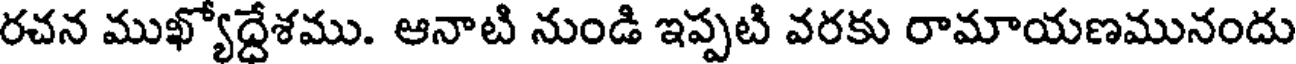
రచన ముఖ్యోద్దేశము. ఆనాటి నుండి ఇప్పటి వరకు రామాయణమునందు